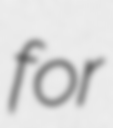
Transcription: for